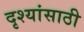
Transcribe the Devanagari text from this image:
दृश्यांसाठी